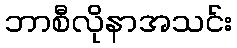
ဘာစီလိုနာအသင်း